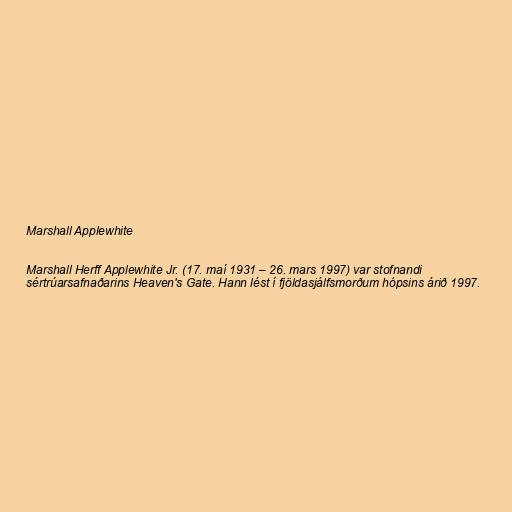
Marshall Applewhite

Marshall Herff Applewhite Jr. (17. maí 1931 – 26. mars 1997) var stofnandi
sértrúarsafnaðarins Heaven's Gate. Hann lést í fjöldasjálfsmorðum hópsins árið 1997.